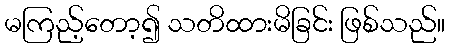
မကြည့်တော့၍ သတိထားမိခြင်း ဖြစ်သည်။